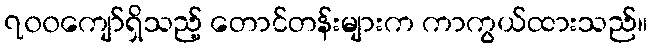
၇၀၀ကျော်ရှိသည့် တောင်တန်းများက ကာကွယ်ထားသည်။